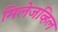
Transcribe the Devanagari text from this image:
मिलेजव्हिल